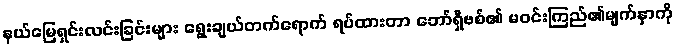
နယ်မြေရှင်းလင်းခြင်းများ ရွေးချယ်တက်ရောက် ရပ်ထားတာ ဘော်ရှီဗစ်၏ မဝင်းကြည်၏မျက်နှာကို